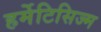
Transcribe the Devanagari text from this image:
हर्मेटिसिज्म